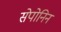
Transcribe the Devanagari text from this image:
सेपोनिन